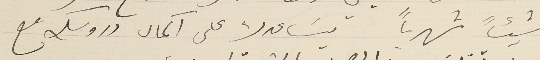
شيئاً شهرياً يسَاعدك على آكمال دروسك مع